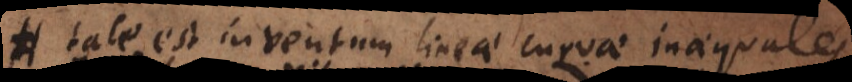
Tale est inventum lineae curvae inaequales